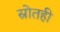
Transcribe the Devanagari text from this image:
स्रोतही